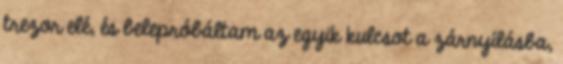
trezor elé, és belepróbáltam az egyik kulcsot a zárnyílásba,